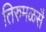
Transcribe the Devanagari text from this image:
तिरुमळसै